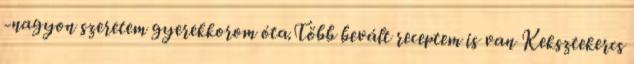
-nagyon szeretem gyerekkorom óta.Több bevált receptem is van Keksztekercs